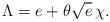
LaTeX: \begin{align*}\Lambda{} = e + \theta{}\sqrt{e}\,\chi{}.\end{align*}